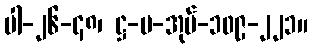
ပါ-၂၆-၄၈၊ ဋ္ဌ-ပ-အုပ်-၁၀၉-၂၂၁။